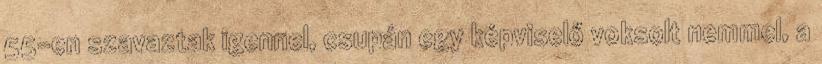
55-en szavaztak igennel, csupán egy képviselő voksolt nemmel, a